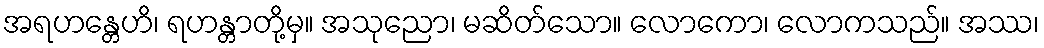
အရဟန္တေဟိ၊ ရဟန္တာတို့မှ။ အသုညော၊ မဆိတ်သော။ လောကော၊ လောကသည်။ အဿ၊